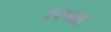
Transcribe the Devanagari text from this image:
सप्ना